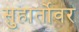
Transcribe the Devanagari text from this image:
सुहार्तोवर